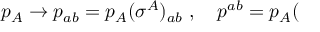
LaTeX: p _ { A } \rightarrow p _ { a b } = p _ { A } ( \sigma ^ { A } ) _ { a b } \ , \quad p ^ { a b } = p _ { A } (